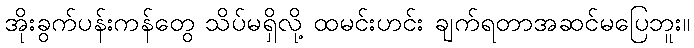
အိုးခွက်ပန်းကန်တွေ သိပ်မရှိလို့ ထမင်းဟင်း ချက်ရတာအဆင်မပြေဘူး။